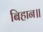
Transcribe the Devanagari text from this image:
बिहान॥